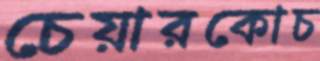
চেয়ারকোচ